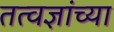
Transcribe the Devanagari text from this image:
तत्वज्ञांच्या